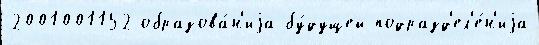
2001001152 образова́н'иjа бу́дущей подразд'ел'е́н'иjа